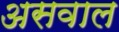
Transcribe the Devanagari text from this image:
असवाल